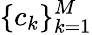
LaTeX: \{ c_{k}\} _{k=1}^{M}